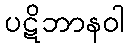
ပဋိဘာနဝါ